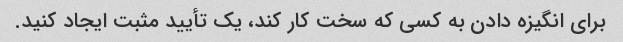
برای انگیزه دادن به کسی که سخت کار کند، یک تأیید مثبت ایجاد کنید.